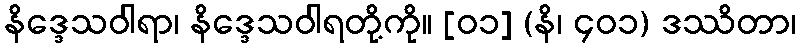
နိဒ္ဒေသဝါရာ၊ နိဒ္ဒေသဝါရတို့ကို။ [၀၁] (နိ၊ ၄၀၁) ဒဿိတာ၊